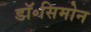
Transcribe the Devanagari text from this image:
डॉ॰सिमोन